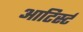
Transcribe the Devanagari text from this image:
आटिर्स्ट